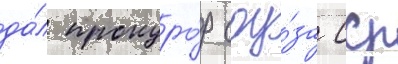
да́л прокуро́р соу́за сср